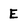
Character: E